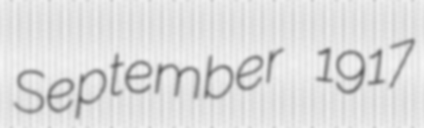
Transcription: September 1917